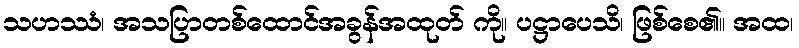
သဟဿံ၊ အသပြာတစ်ထောင်အခွန်အထုတ် ကို။ ပဋ္ဌာပေသိ၊ ဖြစ်စေ၏။ အထ၊